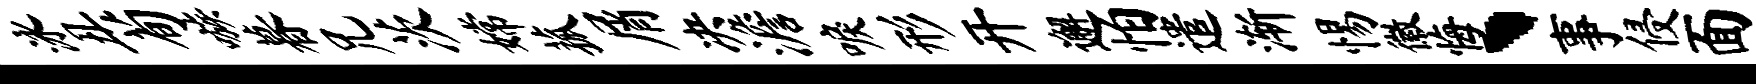
泳丑荀嗾暮兄茨嫦菰屑决澹唳形开邂怕遣渐惕徽悔、事侵面